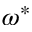
\omega ^ { * }